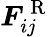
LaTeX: \boldsymbol{F}_{ij}^{\mathrm{~R~}}